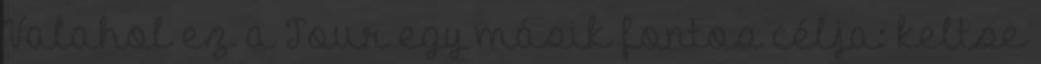
Valahol ez a Tour egy másik fontos célja: keltse